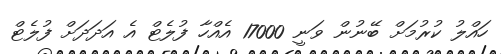
ހައްލު ކުރުމަށް ބޭނުން ވަނީ 17000 އެއްހާ ފުލެޓް އެ އަދަދަށް ފުލެޓް